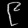
Digit: ၉